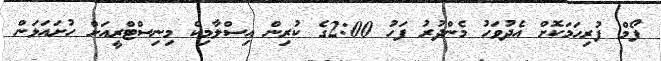
ފޯމް ފުރިހަމަކޮށް އެދުވަހު މެންދުރު ފަހު 2:00ގެ ކުރިން އިސްލާމިކް މިނިސްޓްރީއަށް ހުށައަޅަން